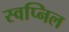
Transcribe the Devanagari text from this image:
स्‍वप्निल